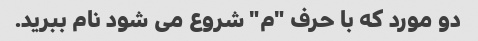
دو مورد که با حرف "م" شروع می شود نام ببرید.